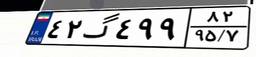
۴۲گ۴۹۹۸۲